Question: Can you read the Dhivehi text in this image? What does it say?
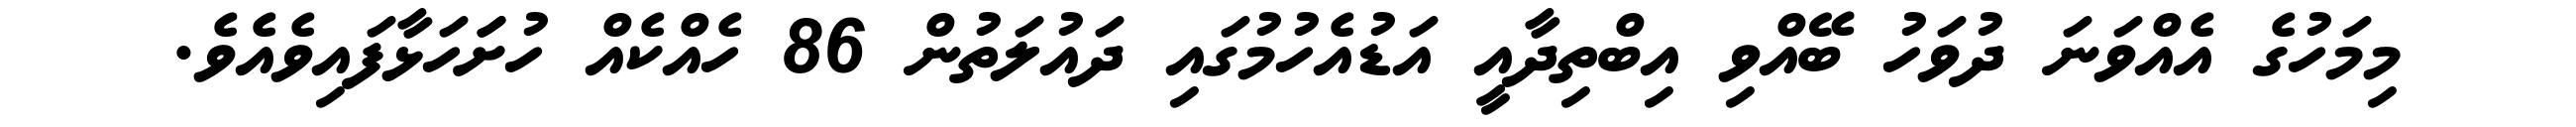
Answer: މިމަހުގެ އެއްވަނަ ދުވަހު ބޭއްވި އިބްތިދާއީ އަޑުއެހުމުގައި ދައުލަތުން 86 ހެއްކެއް ހުށަަހަޅާފައިވެއެވެ.